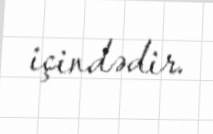
içindədir.